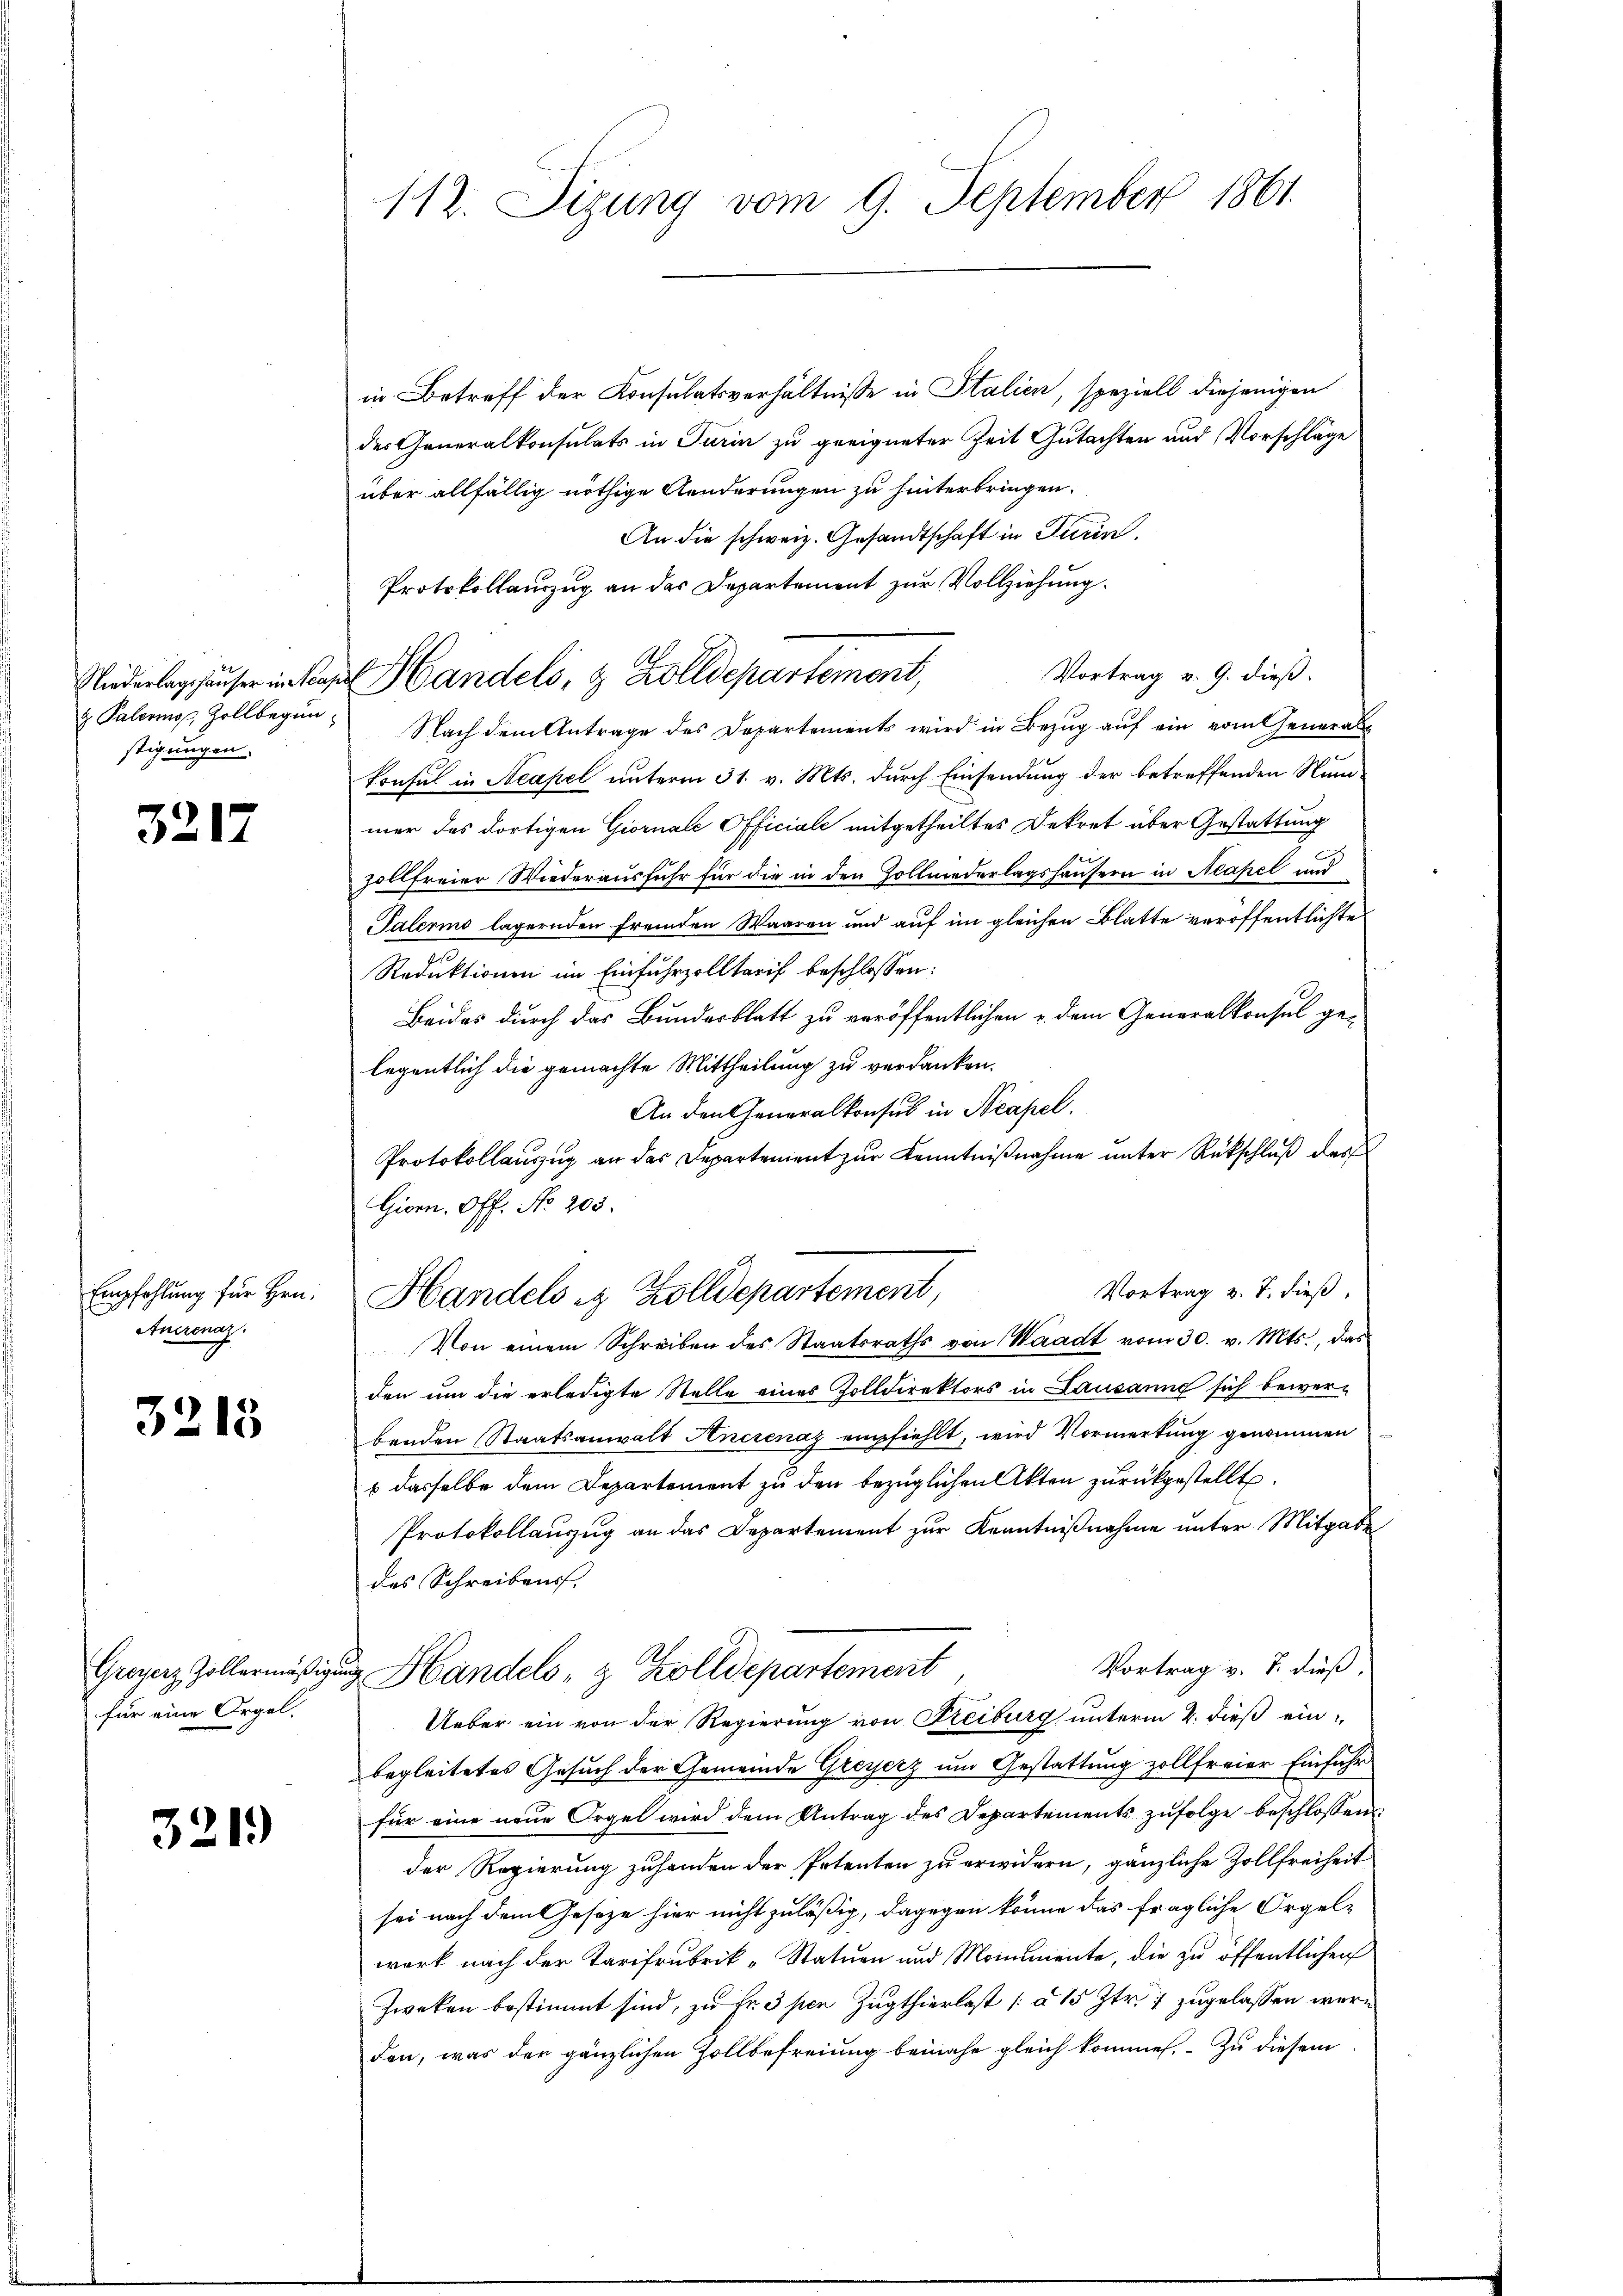
Niederlagshäuser in Nea¬
& Palermop, Zollbegin
stigungen.

3217

Empfehlung für Hrn.
Ancrenaz.

3213

Greyerz, Zollermäßig
für eine Orgel.

321)

112. Sizung vom 9. September 1861.

in Betreff der Konsulatsverhältnisse in Italien, speziell diejenigen
des Generalkonsulats in Turin zu geeigneter Zeit Gutachten und Vorschläge
über allfällig nöthige Aenderungen zu hinterbringen.
An die schweiz. Gesandtschaft in Turin,
Protokollauszug an das Departement zur Vollziehung
Vortrag v. 9. dieß.
Nach dem Antrage des Departements wird in Bezug auf ein vom General¬
Konsul in Neapel unterm 31. v. Mts. durch Einsendung der betreffenden Nummer des dortigen Giornale Officiale mitgetheiltes Dekret über Gestattung
zollfreier Wiederausfuhr für die in den Zollniederlagshäusern in Neapel und
Palerins lagernden fremden Waaren und auf im gleichen Blatte veröffentlichte
Reduktionen im Einfuhrzolltarif beschlossen:
Beides durch das Bundesblatt zu veröffentlichen u. dem Generalkonsul ge-
legentlich die gemachte Mittheilung zu verdanken.
An den Generalkonsul in Neapel.
Protokollauszug an das Departement zur Kenntnißnahme unter Rückschluß der
Giorn. Off. No. 205.
Vortrag v. J. dieß.
Handels in Zolldepartement,
Von einem Schreiben des Staatsraths von Waadt vom 30. v. Mts., das
den um die erledigte Stelle eines Zolldirektors in Lausanne sich bewerbenden Staatsanwalt Anerenaz empfiehlt, wird Vormerkung genommen
6 dasselbe dem Departement zu den bezüglichen Akten zurückgestellt.
Protokollauszug an das Departement zur Kenntnißnahme unter Mitgabe
des Schreibens.
Vortrag v. 7. dieß,
 Handels- & Zolldepartement
Ueber ein von der Regierung von Freiburg unterm 2. dieß einbegleitetes Gesuch der Gemeinde Greyerz um Gestattung zollfreier Einfuhr
für eine neue Orgel wird dem Antrag des Departements zufolge beschlossen:
der Regierung zuhanden der Petenten zu erwidern, gänzliche Zollfreiheit
sei nach dem Geseze hier nicht zuläßig, dagegen könne das fragliche Orgel-
werk nach der Tarifrubrik-Statuen und Monumente, die zu öffentlichen
Zweken bestimmt sind, zu Fr. 3 per Zugthierlast [§ 15 Ztr. 7 zugelassen wäre
den, was der gänzlichen Zollbefreiung beinahe gleich kommen. Zu diesem

u Handels, & Zolldepartement,